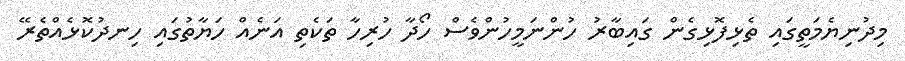
މިދުނިޔެމަތީގައި ތެޅިފޮޅިގެން ގައިބާރު ހުންނަމީހުންވެސް ހޯދާ ހުރިހާ ތަކެތި އަނެއް ހަޔާތުގައި ހިނދުކޮޅެއްތެރޭ